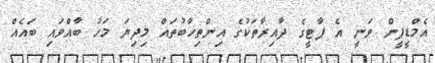
އެމްޑީޕީން ވަނީ އެ ޕާޓީގެ ދާއިރާތަކުގެ އިންތިޚާބުތައް މިދިޔަ މަހު ބާއްވައި ބައެއް